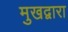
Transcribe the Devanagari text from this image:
मुखद्वारा